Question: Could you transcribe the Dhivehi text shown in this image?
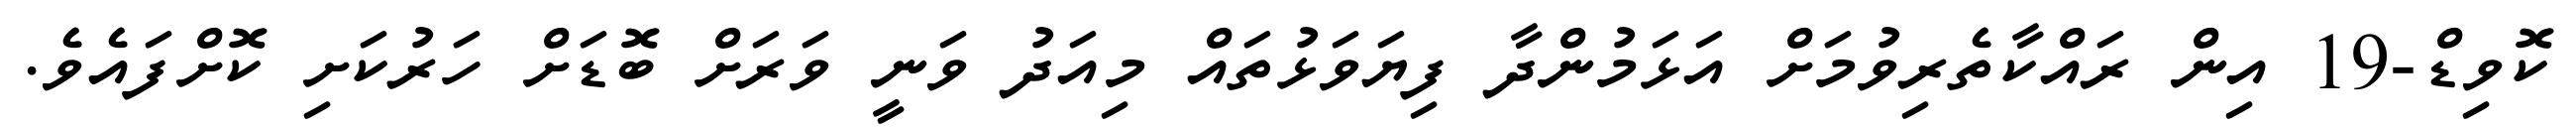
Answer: ކޮވިޑް-19 އިން ރައްކާތެރިވުމަށް އަޅަމުންދާ ފިޔަވަޅުތައް މިއަދު ވަނީ ވަރަށް ބޮޑަށް ހަރުކަށި ކޮށްފައެވެ.